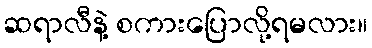
ဆရာလီနဲ့ စကားပြောလို့ရမလား။